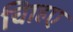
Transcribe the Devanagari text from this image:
चािहए